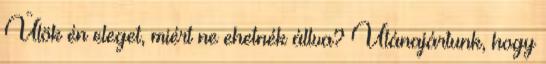
Ülök én eleget, miért ne ehetnék állva? Utánajártunk, hogy